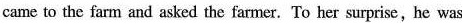
came to the farm and asked the farmer.To her surprise,he was